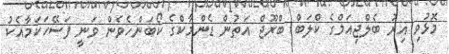
މޮޅުވި އިރު ބެލްޖިއަމްގެ ކްލަބް ބްރޫޖް އަތުން ޑެންމާކްގެ ކޯބަންހެވެން ވަނީ ފަސޭހަކަމާއެކު